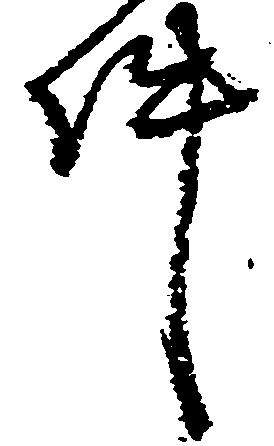
件